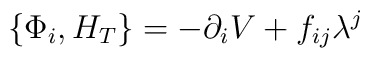
\left\{\Phi_i,H_T \right\} =- \partial_i V+f_{ij} \lambda^j